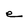
Character: e